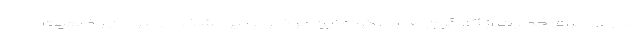
مدونی برای حمایت از کارگران ندارد، گواه این موضوع نیز مشخص نبودن وضعیت